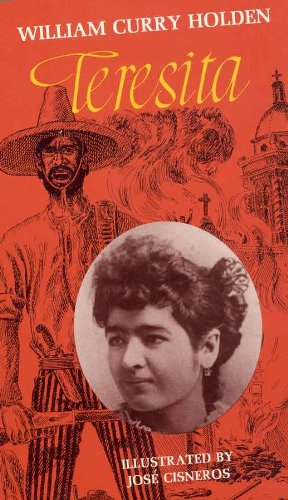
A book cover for Teresita; William Curry Holden; Biographies & Memoirs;